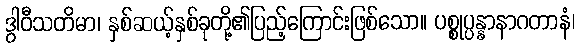
ဒွါဝီသတိမာ၊ နှစ်ဆယ့်နှစ်ခုတို့၏ပြည့်ကြောင်းဖြစ်သော။ ပစ္စုပ္ပန္နာနာဂတာနံ၊